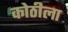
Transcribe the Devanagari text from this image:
कोठीला